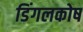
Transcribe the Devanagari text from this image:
डिंगलकोष